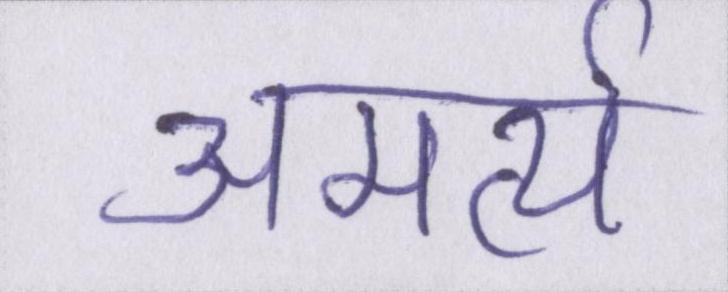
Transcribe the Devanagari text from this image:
अमर्त्य